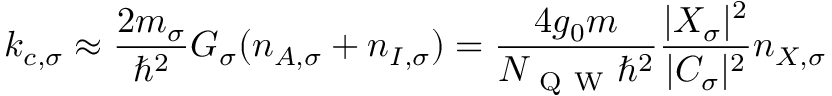
k _ { c , \sigma } \approx \frac { 2 m _ { \sigma } } { \hbar ^ { 2 } } G _ { \sigma } ( n _ { A , \sigma } + n _ { I , \sigma } ) = \frac { 4 g _ { 0 } m } { N _ { \mathrm { ~ Q ~ W ~ } } \hbar ^ { 2 } } \frac { | X _ { \sigma } | ^ { 2 } } { | C _ { \sigma } | ^ { 2 } } n _ { X , \sigma }